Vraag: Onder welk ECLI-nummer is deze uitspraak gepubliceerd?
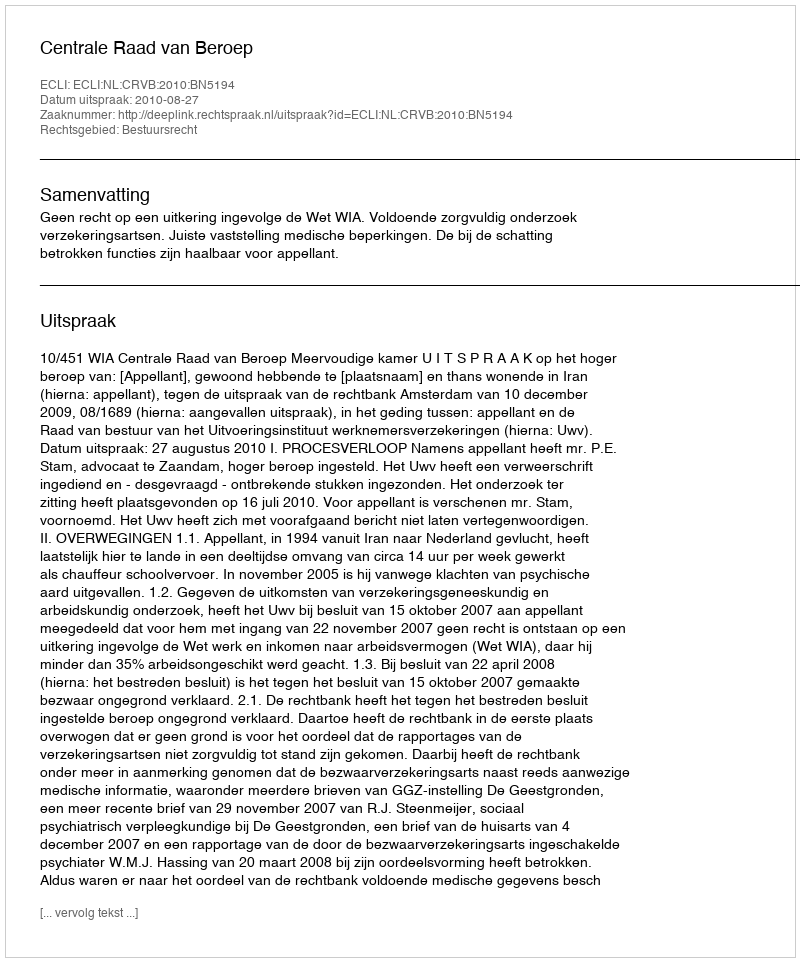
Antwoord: ECLI:NL:CRVB:2010:BN5194